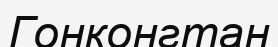
Гонконгтан